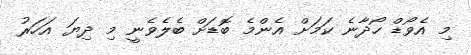
މި އެވޯޑް ހޯދާނެ ކަމަށް އެންމެ ބޮޑަށް ބެލެވެނީ މި ދިޔަ އަހަރު